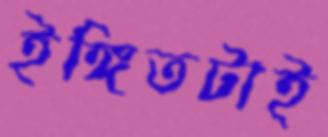
ইঙ্গিতটাই